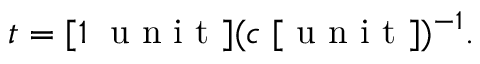
t = [ 1 \; \mathrm { ~ u ~ n ~ i ~ t ~ } ] ( c \; [ \mathrm { ~ u ~ n ~ i ~ t ~ } ] ) ^ { - 1 } .